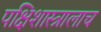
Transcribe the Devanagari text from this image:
पक्षिशास्त्रालाच